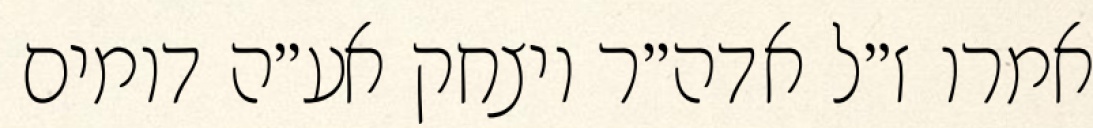
אמרו ז״ל אדה״ר ויצחק אע״ה דומים